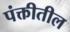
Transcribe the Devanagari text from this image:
पंक्तीतील